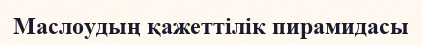
Маслоудың қажеттілік пирамидасы